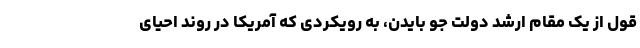
قول از یک مقام ارشد دولت جو بایدن، به رویکردی که آمریکا در روند احیای